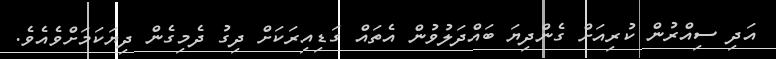
އަދި ސިއްރުން ކުރިއަށް ގެންދިޔަ ބައްދަލުވުން އެތައް ގަޑިއިރަކަށް ދިގު ދެމިގެން ދިޔަކަމަށްވެއެވެ.